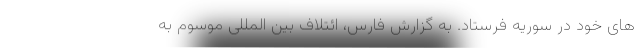
های خود در سوریه فرستاد. به گزارش فارس، ائتلاف بین المللی موسوم به